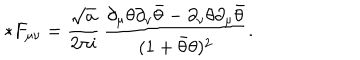
LaTeX: { * } F _ { \mu \nu } = \frac { \sqrt { a } } { 2 \pi i } \, \frac { \partial _ { \mu } \theta \partial _ { \nu } { \bar { \theta } } - \partial _ { \nu } \theta \partial _ { \mu } { \bar { \theta } } } { ( 1 + { \bar { \theta } } \theta ) ^ { 2 } } .